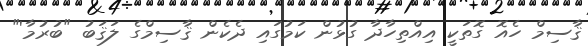
ޤާސިމް ހެއޮ ގޮތަކީ އިއްތިހާދާ ގުޅުން ކަމުގައި ދެކެން ޤާސިމްގެ ލަޤަބު "ބުރުމާ'"